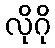
လိုဂို